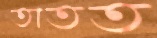
তাতত